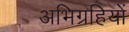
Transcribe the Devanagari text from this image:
अभिग्रहियों